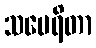
သမေရိတာ